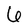
Character: 6